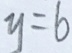
y = 6